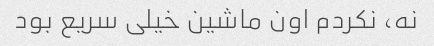
نه، نکردم اون ماشین خیلی سریع بود